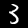
Label: 3